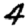
Digit: 4